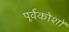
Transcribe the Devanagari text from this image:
पूर्वकोशों